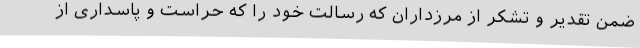
ضمن تقدیر و تشکر از مرزداران که رسالت خود را که حراست و پاسداری از